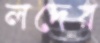
লদের